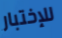
للإختبار